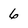
Character: 6